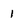
Character: 1